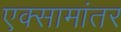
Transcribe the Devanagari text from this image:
एक्सामांतर